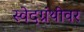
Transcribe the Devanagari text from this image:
स्वेदग्रंथीवर